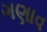
ગણાવ